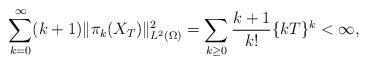
LaTeX: \begin{align*}\sum_{k=0}^{\infty} (k+1) \|\pi_k(X_T)\|^2_{L^2(\Omega)} = \sum_{k \geq 0} \frac{k+1}{k!} \{kT\}^k < \infty,\end{align*}